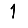
Digit: 1